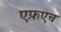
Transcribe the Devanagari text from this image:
एफ़एच